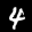
Label: 4